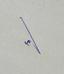
Signature authenticity: genuine